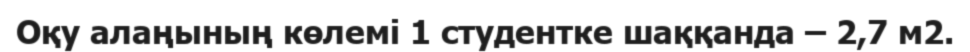
Оқу алаңының көлемі 1 студентке шаққанда – 2,7 м2.